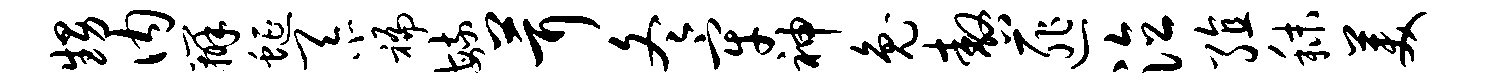
甥内辨蜒忝褊毓茸冬牢神兔嗷匪泣殖秣美